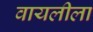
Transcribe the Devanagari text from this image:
वायलीला